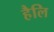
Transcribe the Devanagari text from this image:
हैलि